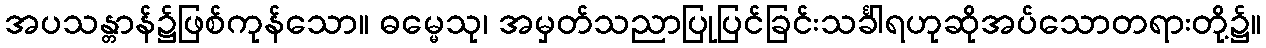
အပသန္တာန်၌ဖြစ်ကုန်သော။ ဓမ္မေသု၊ အမှတ်သညာပြုပြင်ခြင်းသင်္ခါရဟုဆိုအပ်သောတရားတို့၌။